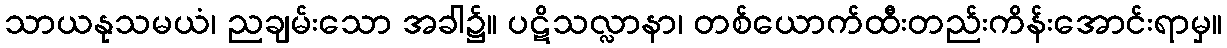
သာယနုသမယံ၊ ညချမ်းသော အခါ၌။ ပဋိသလ္လာနာ၊ တစ်ယောက်ထီးတည်းကိန်းအောင်းရာမှ။